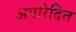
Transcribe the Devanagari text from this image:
अपरिदित